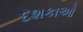
દશકાઓ